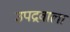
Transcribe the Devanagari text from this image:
उपद्रवाला